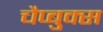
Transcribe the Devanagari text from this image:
चैप्बुक्स